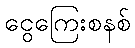
ငွေကြေးစနစ်